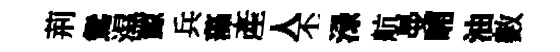
荊鴛濕鯨兵藻産人丕渌航曼晡油數